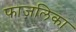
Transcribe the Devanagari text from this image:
फाज़लिका